Vaccination in Bombay 1889-1901 - 1889-1901
Year: 1889
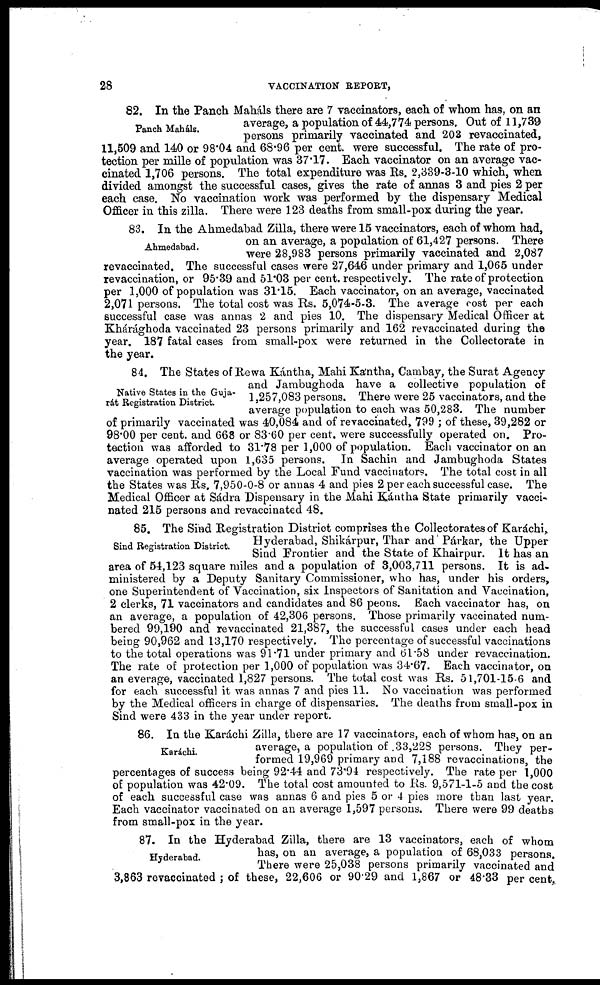
28
VACCINATION REPORT,
Panch Maháls.
82. In the Panch Maháls there are 7 vaccinators, each of whom has, on an
average, a population of 44,774 persons. Out of 11,739
persons primarily vaccinated and 203 revaccinated,
11,509 and 140 or 98.04 and 68.96 per cent. were successful. The rate of pro-
tection per mille of population was 37.17. Each vaccinator on an average vac-
cinated 1,706 persons. The total expenditure was Rs. 2,339-3-10 which, when
divided amongst the successful cases, gives the rate of annas 3 and pies 2 per
each case. No vaccination work was performed by the dispensary Medical
Officer in this zilla. There were 123 deaths from small-pox during the year.
Ahmedabad.
83. In the Ahmedabad Zilla, there were 15 vaccinators, each of whom had,
on an average, a population of 61,427 persons. There
were 28,983 persons primarily vaccinated and 2,087
revaccinated. The successful cases were 27,646 under primary and 1,065 under
revaccination, or 95.39 and 51.03 per cent. respectively. The rate of protection
per 1,000 of population was 31.15. Each vaccinator, on an average, vaccinated
2,071 persons. The total cost was Rs. 5,074-5-3. The average cost per each
successful case was annas 2 and pies 10. The dispensary Medical Officer at
Khárághoda vaccinated 23 persons primarily and 162 revaccinated during the
year. 187 fatal cases from small-pox were returned in the Collectorate in
the year.
Native States in the Guja-
rat Registration District.
84. The States of Rewa Kántha, Mahi Kántha, Cambay, the Surat Agency
and Jambughoda have a collective population of
1,257,083 persons. There were 25 vaccinators, and the
average population to each was 50,283. The number
of primarily vaccinated was 40,084 and of revaccinated, 799 ; of these, 39,282 or
98.00 per cent. and 668 or 83.60 per cent. were successfully operated on. Pro-
tection was afforded to 31.78 per 1,000 of population. Each vaccinator on an
average operated upon 1,635 persons. In Sachin and Jambughoda States
vaccination was performed by the Local Fund vaccinators. The total cost in all
the States was Rs. 7,950-0-8 or annas 4 and pies 2 per each successful case. The
Medical Officer at Sádra Dispensary in the Mahi Kántha State primarily vacci-
nated 215 persons and revaccinated 48.
Sind Registration District.
85. The Sind Registration District comprises the Collectorates of Karáchi,
Hyderabad, Shikárpur, Thar and Párkar, the Upper
Sind Frontier and the State of Khairpur. It has an
area of 54,123 square miles and a population of 3,003,711 persons. It is ad-
ministered by a Deputy Sanitary Commissioner, who has, under his orders,
one Superintendent of Vaccination, six Inspectors of Sanitation and Vaccination,
2 clerks, 71 vaccinators and candidates and 86 peons. Each vaccinator has, on
an average, a population of 42,306 persons. Those primarily vaccinated num-
bered 99,190 and revaccinated 21,387, the successful cases under each head
being 90,962 and 13,170 respectively. The percentage of successful vaccinations
to the total operations was 91.71 under primary and 61.58 under revaccination.
The rate of protection per 1,000 of population was 34.67. Each vaccinator, on
an everage, vaccinated 1,827 persons. The total cost was Rs. 51,701-15-6 and
for each successful it was annas 7 and pies 11. No vaccination was performed
by the Medical officers in charge of dispensaries. The deaths from small-pox in
Sind were 433 in the year under report.
Karáchi.
86. In the Karáchi Zilla, there are 17 vaccinators, each of whom has, on an
average, a population of 33,228 persons. They per-
formed 19,969 primary and 7,188 revaccinations, the
percentages of success being 92.44 and 73.94 respectively. The rate per 1,000
of population was 42.09. The total cost amounted to Rs. 9,571-1-5 and the cost
of each successful case was annas 6 and pies 5 or 4 pies more than last year.
Each vaccinator vaccinated on an average 1,597 persons. There were 99 deaths
from small-pox in the year.
Hyderabad.
87. In the Hyderabad Zilla, there are 13 vaccinators, each of whom
has, on an average, a population of 68,033 persons.
There were 25,038 persons primarily vaccinated and
3,863 revaccinated ; of these, 22,606 or 90.29 and 1,867 or 48.33 per cent.